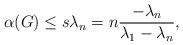
LaTeX: \begin{align*}\alpha(G) \leq s\lambda_n = n\frac{-\lambda_n}{\lambda_1 - \lambda_n},\end{align*}